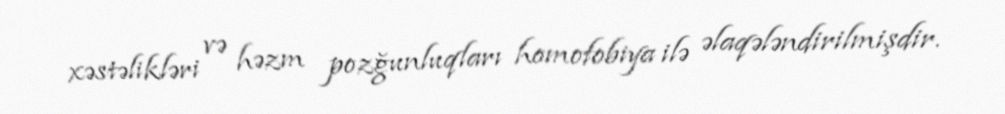
xəstəlikləri və həzm pozğunluqları homofobiya ilə əlaqələndirilmişdir.